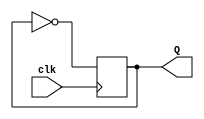
module MyClkDivider (input clk , output reg Q);
	 initial Q = 1'b0;
	 wire D = !Q;
	 always @(negedge clk)
			Q <= D;
endmodule